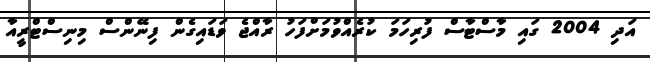
އަދި 2004 ގައި މާސްޓާސް ފުރިހަމަ ކުރެއްވުމަށްފަހު ރާއްޖެ ވަޑައިގެން ފިނޭންސް މިނިސްޓްރީއާ